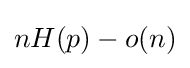
nH(p)-o(n)